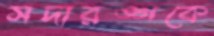
সদারঙ্গকে